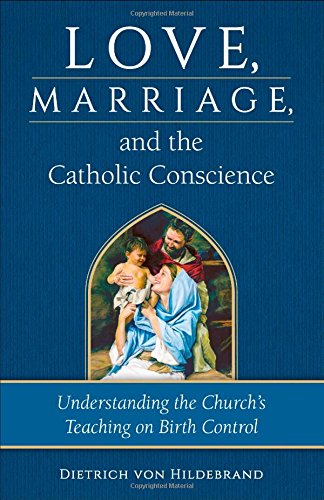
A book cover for Love, Marriage, and the Catholic Conscience: Understanding the Church's Teachings on Birth Control; Dietrich Von Hildebrand; Christian Books & Bibles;